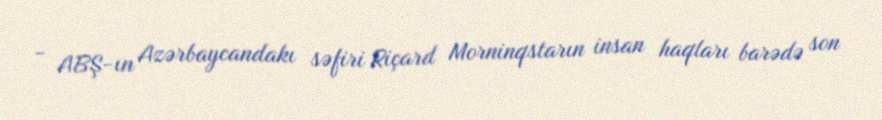
- ABŞ-ın Azərbaycandakı səfiri Riçard Morninqstarın insan haqları barədə son